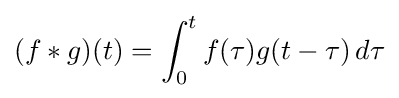
(f*g)(t)=\int _{0}^{t}f(\tau )g(t-\tau )\,d\tau